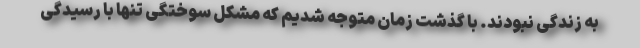
به زندگی نبودند. با گذشت زمان متوجه شدیم که مشکل سوختگی تنها با رسیدگی